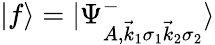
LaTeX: |f\rangle=|\Psi_{A,\vec{k}_{1}\sigma_{1}\vec{k}_{2}\sigma_{2}}^{-}\rangle